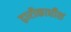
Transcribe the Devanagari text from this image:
द्वारीकाधीश